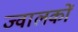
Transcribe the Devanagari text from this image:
ज्वालकों